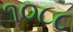
૧૦૮૮